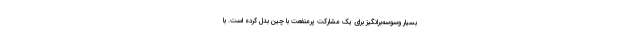
بسیار وسوسه‌برانگیز برای یک مشارکت پرمنفعت با چین بدل کرده است. با